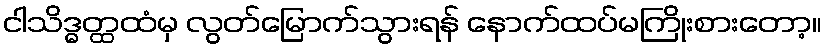
ငါသိဒ္ဓတ္ထထံမှ လွတ်မြောက်သွားရန် နောက်ထပ်မကြိုးစားတော့။